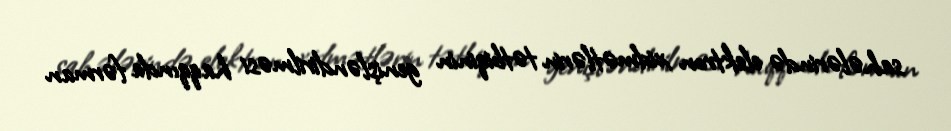
sahələrində elektron xidmətlərin tətbiqinin genişləndirilməsi haqqında fərman